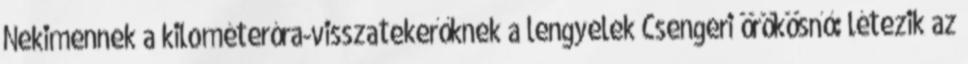
Nekimennek a kilométeróra-visszatekerőknek a lengyelek Csengeri örökösnő: létezik az